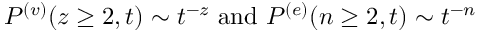
P ^ { ( v ) } ( z \geq 2 , t ) \sim t ^ { - z } \ \mathrm { a n d } \ P ^ { ( e ) } ( n \geq 2 , t ) \sim t ^ { - n }